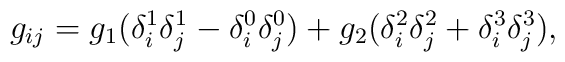
g_{ij}=g_1(\delta_i^1\delta_j^1-\delta_i^0\delta_j^0) +g_2(\delta_i^2\delta_j^2 +\delta_i^3\delta_j^3),